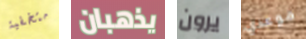
متخفية يذهبان يرون موعدي